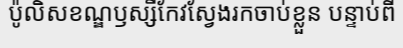
ប៉ូលិសខណ្ឌឫស្សីកែវស្វែងរកចាប់ខ្លួន បន្ទាប់ពី